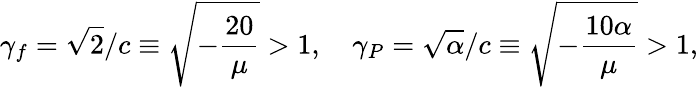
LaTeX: \gamma_{f}=\sqrt{2}/c\equiv\sqrt{-\frac{20}{\mu}}>1,~~~~\gamma_{P}=\sqrt{\alpha}/c\equiv\sqrt{-\frac{10\alpha}{\mu}}>1,